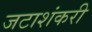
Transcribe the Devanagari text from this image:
जटाशंकरी